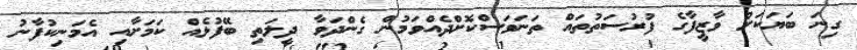
ގިނަ ބަޔަކަށް ވާޒީފާގެ ފުރުސަތުތައް ތަނަވަސްކޮށްދެއްވަމުން ގެންދަވާ ދީލަތި ބޭފުޅެއް ކަމަށާއި އެމަނިކުފާނު